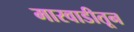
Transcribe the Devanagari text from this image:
मारवाडीतून